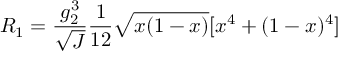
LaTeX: R _ { 1 } = \frac { g _ { 2 } ^ { 3 } } { \sqrt { J } } \frac { 1 } { 1 2 } \sqrt { x ( 1 - x ) } [ x ^ { 4 } + ( 1 - x ) ^ { 4 } ]